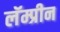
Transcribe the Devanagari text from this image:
लॅम्प्रीन